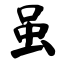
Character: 虽